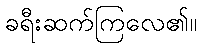
ခရီးဆက်ကြလေ၏။